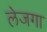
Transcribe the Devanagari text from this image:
लेजगा